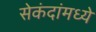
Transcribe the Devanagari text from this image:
सेकंदांमध्ये